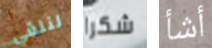
لنلقي شكرا أشأ